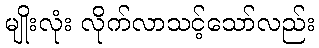
မျိုးလုံး လိုက်လာသင့်သော်လည်း